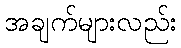
အချက်များလည်း